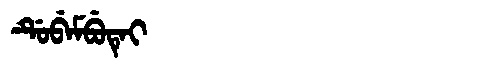
Manchu: ᡩᡠᠪᡝᠮᠪᡠᡨᡝᡳ
Romanization: DUBEMBUTEI